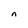
Character: n